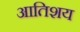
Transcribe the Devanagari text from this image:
आतिशय